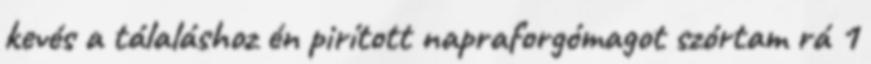
kevés a tálaláshoz én pirított napraforgómagot szórtam rá 1